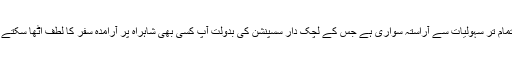
D-میکس تمام تر سہولیات سے آراستہ سواری ہے جس کے لچک دار سسپنشن کی بدولت آپ کسی بھی شاہراہ پر آرامدہ سفر کا لطف اٹھا سکتے ہیں۔